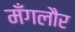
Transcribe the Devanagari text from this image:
मँगलौर